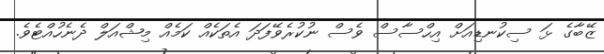
ޒޭބާގެ ޅަ ސިކުނޑިއަށް އިހްސާސް ވެސް ނުކުރެވޭފަދަ އެތަކެއް ކަމެއް މިޝްއަލް ދެނެހުއްޓެވެ.